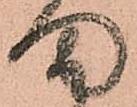
ま